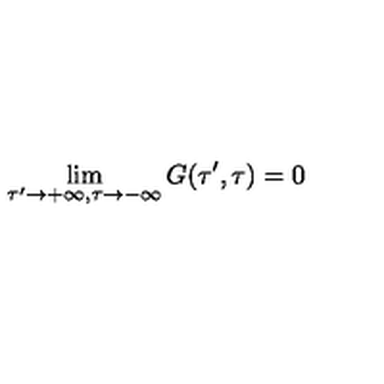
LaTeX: \lim _ { \tau ^ { \prime } \rightarrow + \infty , \tau \rightarrow - \infty } G ( \tau ^ { \prime } , \tau ) = 0